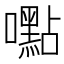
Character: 嚸